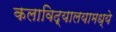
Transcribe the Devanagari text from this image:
कलाविद्यालयामध्ये